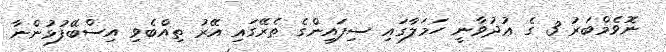
ނޮވެމްބަރު 3 ގެ ޢުދުވާނީ ހަމަލާގައި ސިފައިންގެ ތެރޭގައި އޭރު ތިއްބެވި އިސްބޭފުޅުންނާ